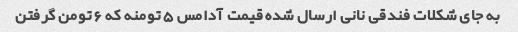
به جای شکلات فندقی نانی ارسال شده قیمت آدامس ۵ تومنه که ۶ تومن گرفتن